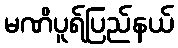
မဏိပူရ်ပြည်နယ်